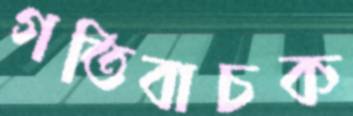
গতিবাচক